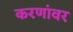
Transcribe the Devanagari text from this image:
करणांवर